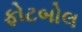
ફોટબોલ